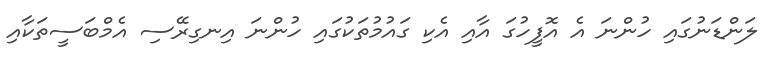
ލަންޑަނުގައި ހުންނަ އެ އޮފީހުގަ އާއި އެކި ގައުމުތަކުގައި ހުންނަ އިނގިރޭސި އެމްބަސީތަކާއި